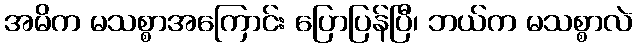
အမိက မသစ္စာအကြောင်း ပြောပြန်ပြီ၊ ဘယ်က မသစ္စာလဲ